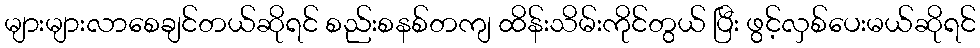
များများလာစေချင်တယ်ဆိုရင် စည်းစနစ်တကျ ထိန်းသိမ်းကိုင်တွယ် ပြီး ဖွင့်လှစ်ပေးမယ်ဆိုရင်